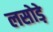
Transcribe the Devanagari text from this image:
लसोडे़